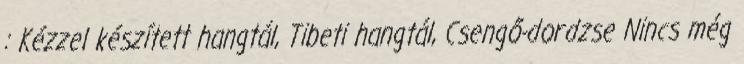
: Kézzel készített hangtál, Tibeti hangtál, Csengő-dordzse Nincs még